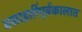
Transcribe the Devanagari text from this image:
वसाहतींपूर्वकालात